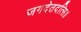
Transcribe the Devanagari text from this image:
जगदेतदत्सि॥